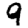
Digit: 9